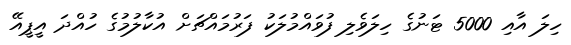
ހިލަ އާއި 5000 ޓަނުގެ ހިލަވެލި ފުވައްމުލަކު ފަރުމައްޗަށް އުކާލުމުގެ ހުއްދަ އީޕީއޭ